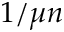
1 / \mu n